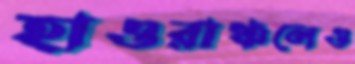
হাওরাঞ্চলেও